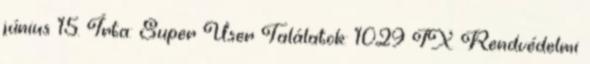
június 15. Írta: Super User Találatok: 1029 IX. Rendvédelmi